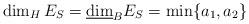
LaTeX: \begin{align*}\dim_HE_S=\underline{\dim}_BE_S=\min\{a_1, a_2\}\end{align*}